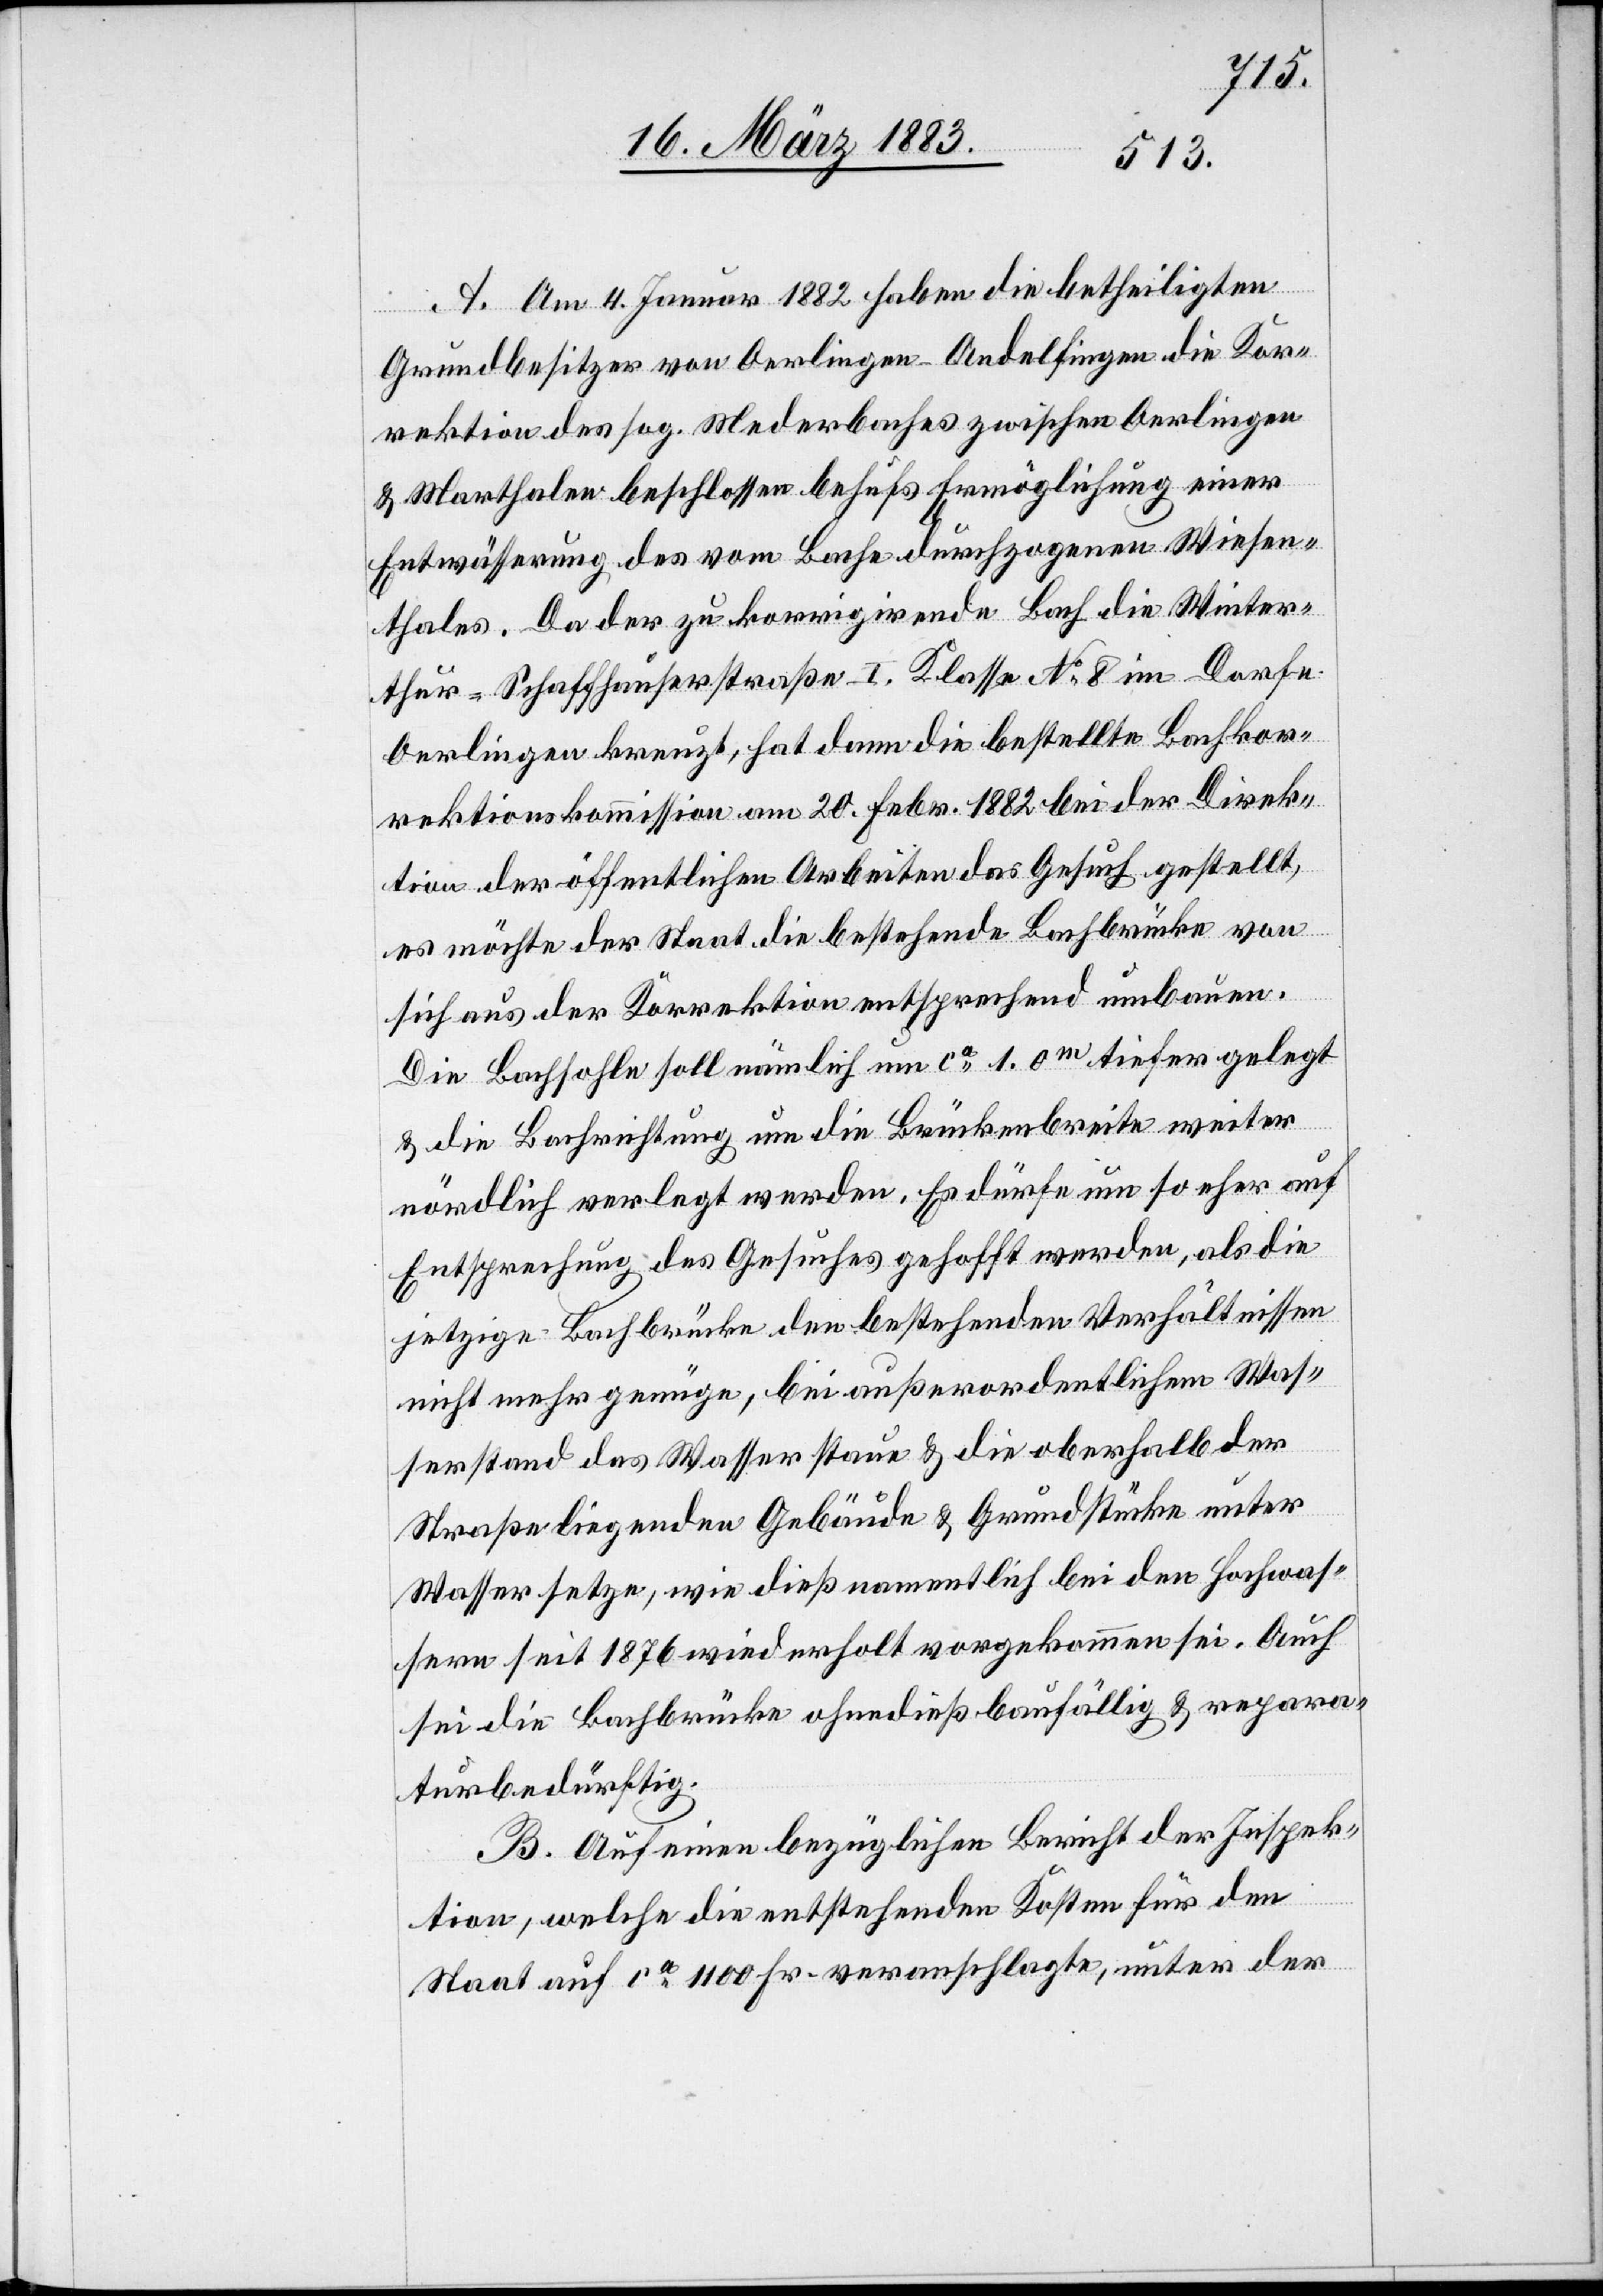
4.